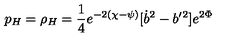
p _ { H } = \rho _ { H } = \frac 1 4 e ^ { - 2 ( \chi - \psi ) } [ \dot { b } ^ { 2 } - b ^ { \prime } { } ^ { 2 } ] e ^ { 2 \Phi }